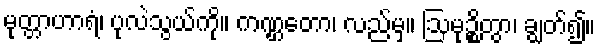
မုတ္တာဟာရံ၊ ပုလဲသွယ်ကို။ ကဏ္ဌတော၊ လည်မှ။ ဩမုဉ္စိတွာ၊ ချွတ်၍။